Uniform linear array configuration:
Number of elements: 48
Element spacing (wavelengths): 0.75
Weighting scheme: hamming
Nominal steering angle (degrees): -45
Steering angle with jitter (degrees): -46.605
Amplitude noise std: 0.05
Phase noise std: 0.05

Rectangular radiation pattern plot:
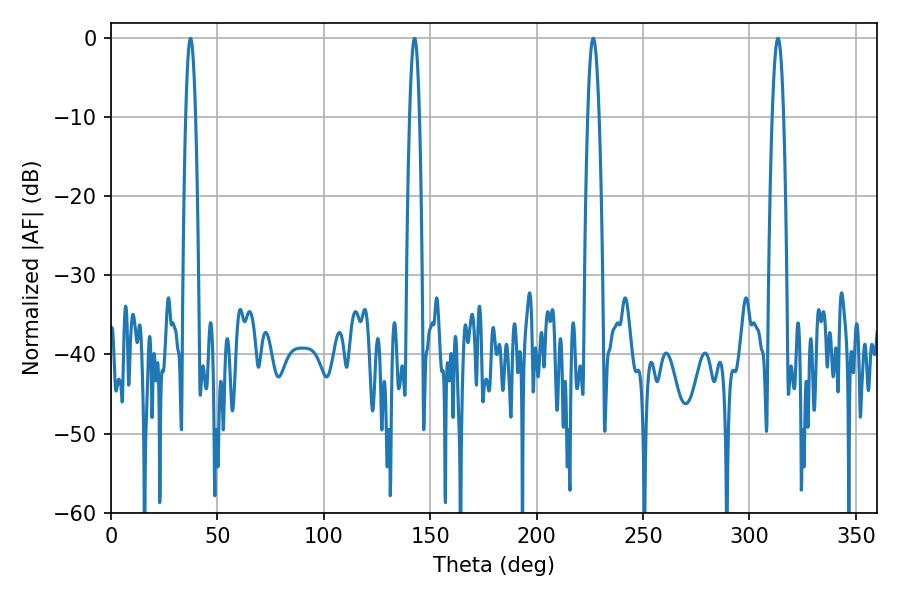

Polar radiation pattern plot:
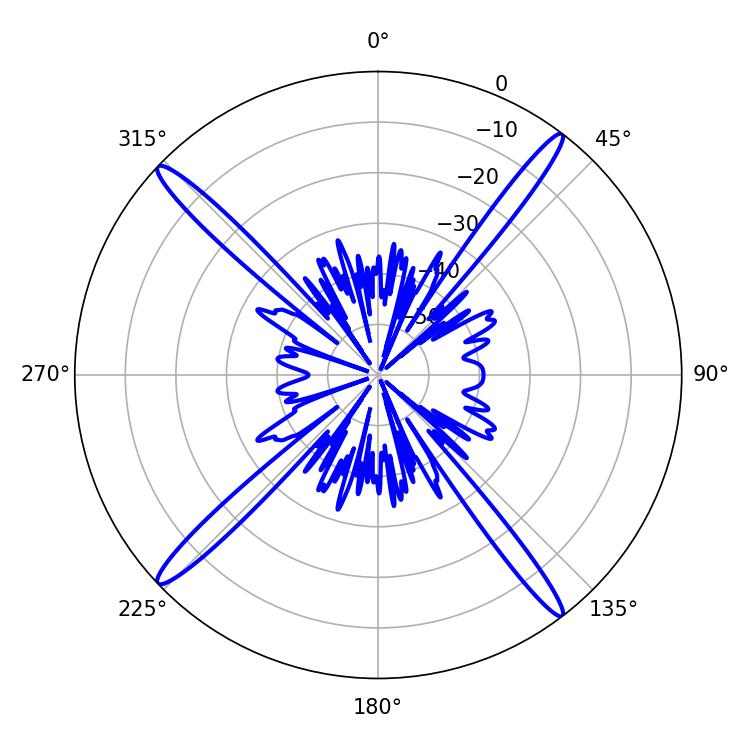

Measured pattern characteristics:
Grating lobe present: TRUE
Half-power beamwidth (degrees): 2.88
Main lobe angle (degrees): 313.38